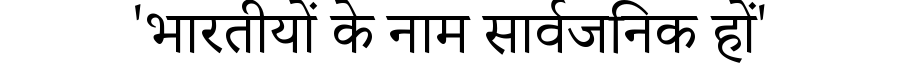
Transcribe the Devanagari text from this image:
'भारतीयों के नाम सार्वजनिक हों'